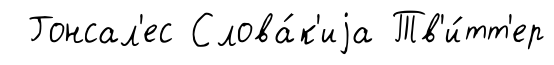
Гонсал'ес Слова́к'иjа Тв'и́тт'ер